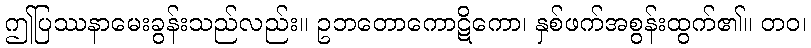
ဤပြဿနာမေးခွန်းသည်လည်း။ ဥဘတောကောဋိကော၊ နှစ်ဖက်အစွန်းထွက်၏။ တဝ၊